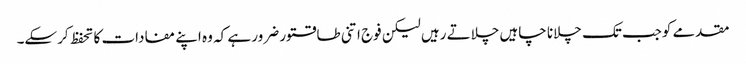
مقدمے کوجب تک چلانا چاہیں چلاتے رہیں لیکن فوج اتنی طاقتور ضرور ہے کہ وہ اپنے مفادات کا تحفظ کرسکے۔